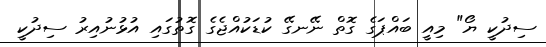
ސިދުކީ ޔޯ" މިއީ ބައްޕަގެ ގޮތް ނޭނގޭ ކުޑަކުއްޖެގެ ގޮތުގައި އުޅުނުއިރު ސިދުކީ